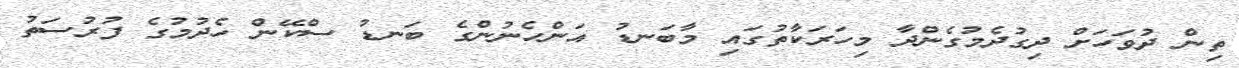
ތިން ދުވަަހަށް ދިގުދެމުގެންދާ މިހަރަކާތުގައި މާބަނޑު އަންހެނުންގެ ބަނޑު ސްކޭން ހެދުމުގެ ފުރުސަތު